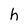
Character: h